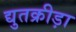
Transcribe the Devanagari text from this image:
द्युतक्रीड़ा